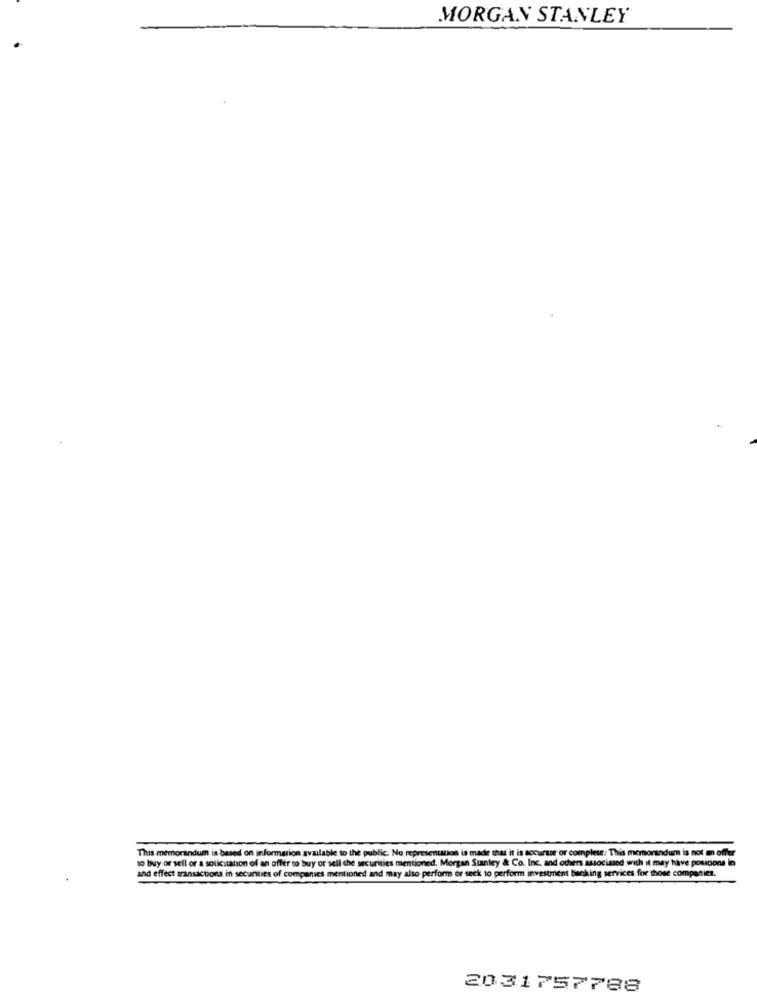
MORGAN STANLEY
This memorandum is based on information available to the public. No representation is made that it is accurate or complete: This memorandum is not m offer
to buy or sell or a solicitation of an offer to buy or sell the securities mentioned. Morgan Stanley & Co. Inc. and others associated with it may have posicions In
and effect transactions in securities of companies mentioned and may also perform or seck to perform investment banking services for those companies.
2031757788